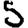
Digit: 5